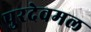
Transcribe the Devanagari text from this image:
पुरदेवमल